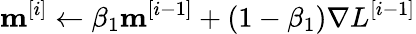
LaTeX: \mathbf{m}^{[i]}\leftarrow\beta_{1}\mathbf{m}^{[i-1]}+(1-\beta_{1})\nabla L^{[i-1]}